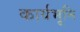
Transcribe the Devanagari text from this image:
कार्यभूमि